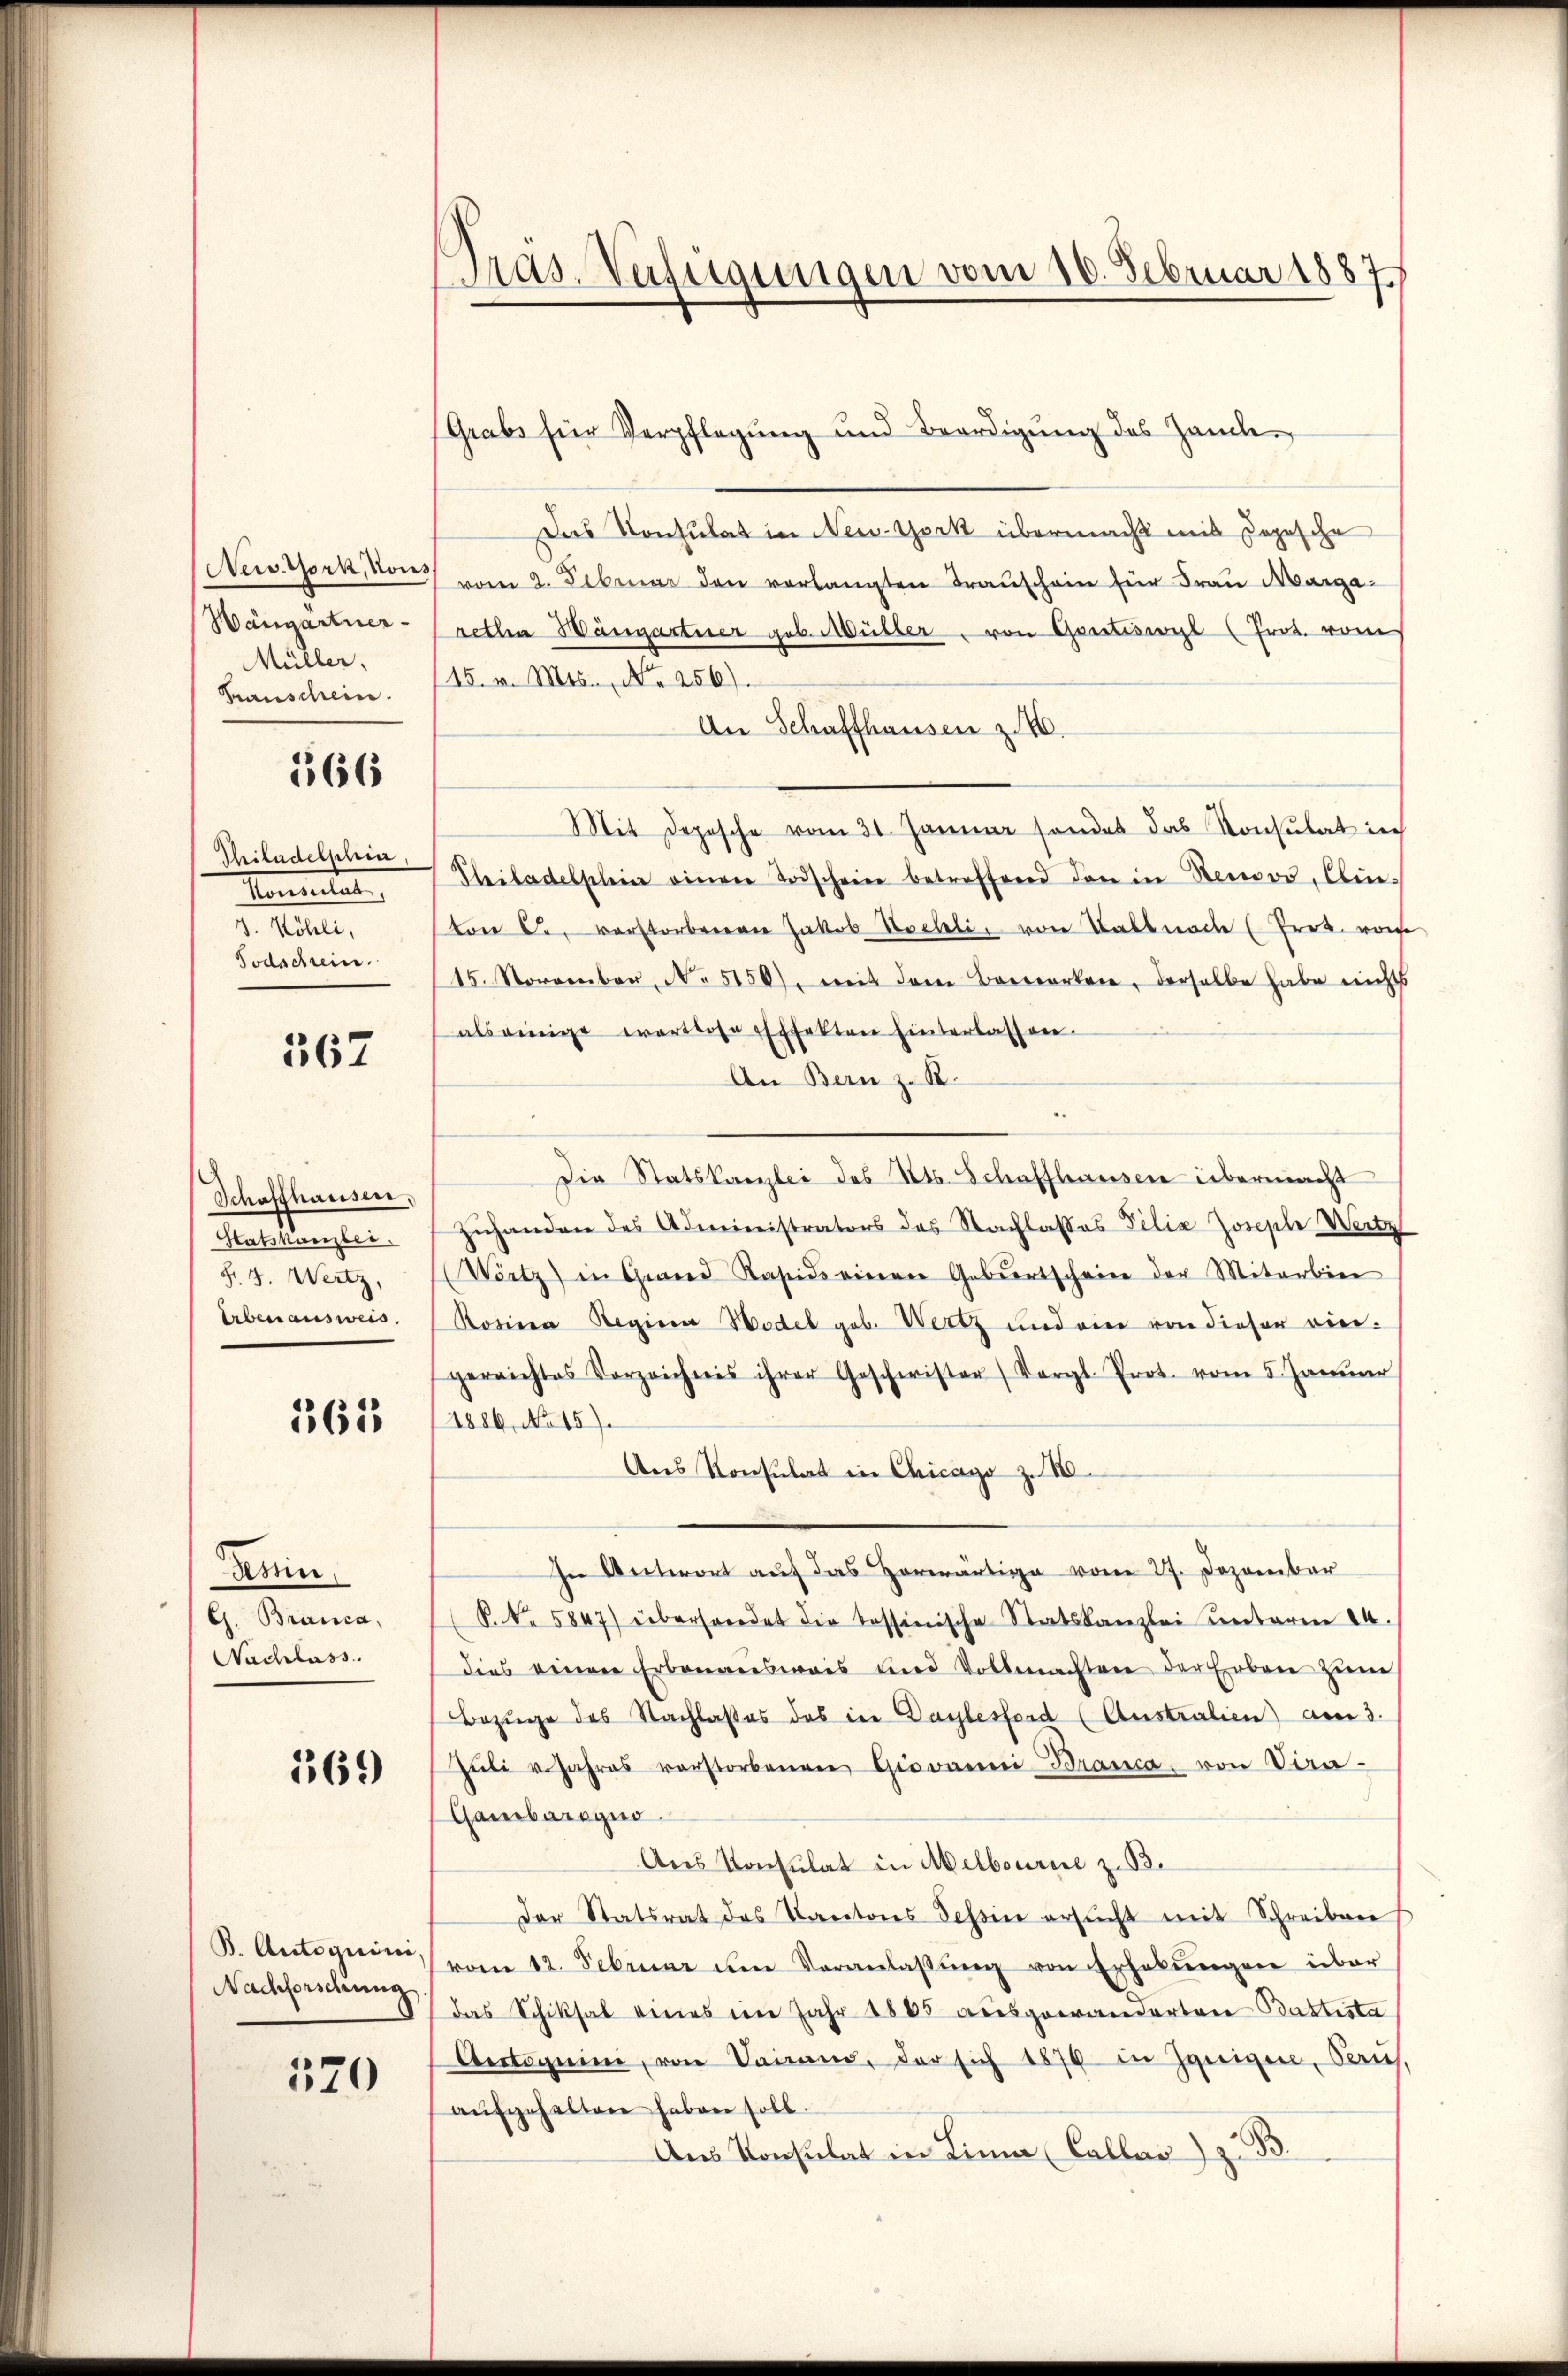
New York, Kons
Hangartner-
Müller,
Krauschein.

166

Thiladelphin,
Momenten
3. Köhli,
Todschrein.

567

Schaffhausen,
Satskanzlei.
§. 4. Weitz,
Erben ausweis

561

Tessin
G. Branca,
Nachlass

169

B. Autoguini.
Nachforschung

520

Das Verfügungen vom 10. Februar 1887

Grabs für Verpflegŭng und Beerdigŭng des Hande
Das Konsulat in New-York übermacht mit dopesche
vom 2. Februar den verlangten Trauschein für Frau Margaretha Hängartner geb. Müller, von Gontiswyl (Prot. vom
15. v. Mts., No 256).
An Schaffhausen z
Mit Depesche vom 31. Januar sondet das Konsulat in
Philadelphin einen Todscheine betreffend den in Neuor, Einvon C. verstorbeneren Jakob Hochli, von Talbnach (Prok. von
15. November, No 5150), mit dem Bewerken, derselbe habe nichts
als einige wertlose Effekten hinterlassen.
An Bern z. B.
Die Statskanzlei des Kts. Schaffhausen übermacht
zŭhanden des Administrators des Nachlasses Filia Joseph Weitz
Wörtz) in Grand Kasis einer Geburtscheine der Mitarbier
Rosina Regina Model geb. Wertz und ein von dieser vier-
gerrichtes Vorzeichnis ihrer Geschwister Vergl. Prot. vom 5. Janŭar
1886, No 15).
Ans Konsulat in Chicago z. B.
In Antwort auf das Horwärtige vom 27. Dezember
P. Nr. 5847) überfordet die tessinische Statskanzlei unterm 24.
dies einen Erbenaŭswais und Vollmachten der Erben zŭm
Bezüge des Nachlasses des eine Daylesford (Australien am 3.
Jŭli v. Jahres verstorbenen Giovanni-Branca, von Vira-
Gambaregno
Ans Konsulat in Melbourie z. B.
Der Statsrat des Kantons Tessin ersŭcht mit Schreiben
vom 12. Februar um Veranlaβŭng von Erhebŭngen über
das Schiksal eines im Jahr 1865 ausgewanderten Battista
Antoguini, von Sainand, der sich 1879 in Zeigen, Paus.
aŭfgehalten haben soll.
Aus Konsulat in Lini (Callai) z. B.